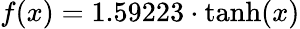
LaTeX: f(x)=1.59223\cdot\operatorname{tanh}(x)